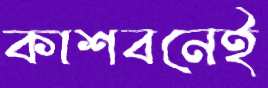
কাশবনেই